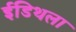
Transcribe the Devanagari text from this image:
ईडिथला